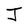
Character: J